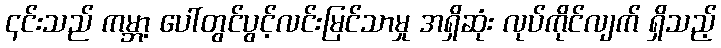
၎င်းသည် ကမ္ဘာ့ ပေါ်တွင်ပွင့်လင်းမြင်သာမှု အရှိဆုံး လုပ်ကိုင်လျက် ရှိသည့်